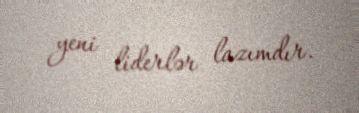
yeni liderlər lazımdır.